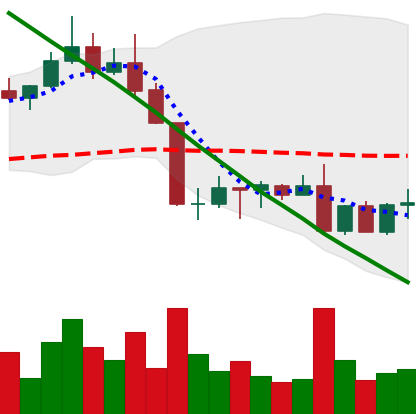
Ticker: ADA-USD
Chart end date: 2022-08-30
Forward return: 11.26%
Label: up_7plus